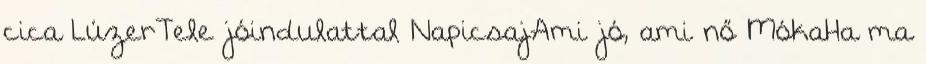
cica LúzerTele jóindulattal NapicsajAmi jó, ami nő MókaHa ma